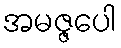
အမဇ္ဇပေါ